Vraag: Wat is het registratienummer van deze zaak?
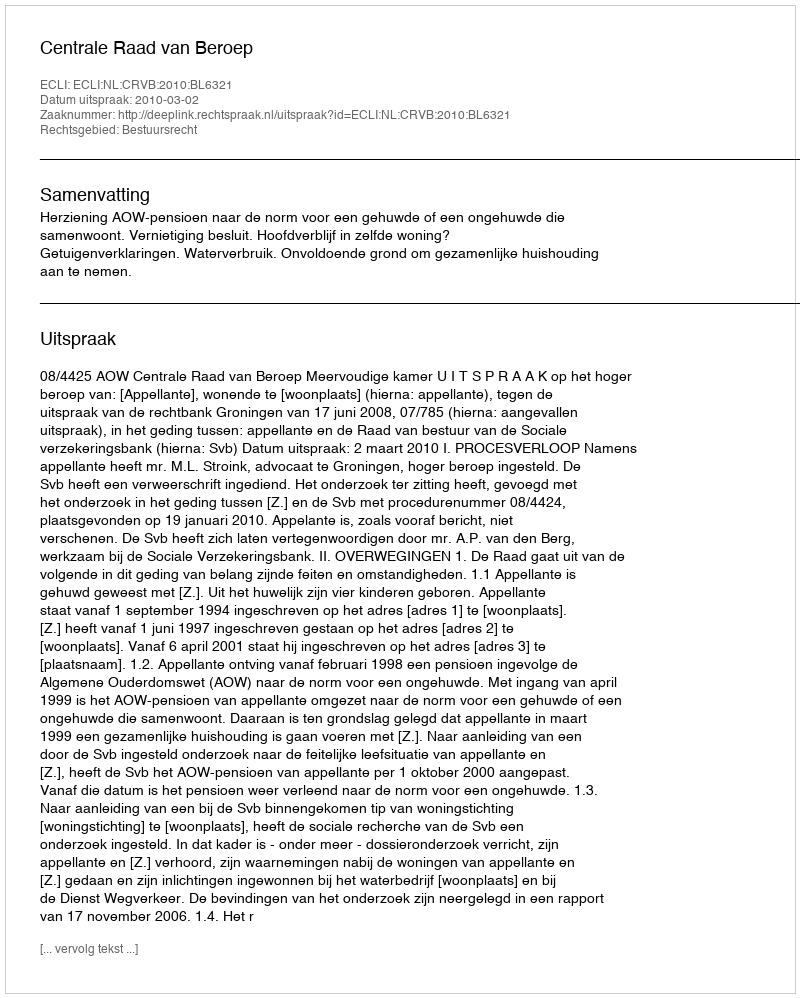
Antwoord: http://deeplink.rechtspraak.nl/uitspraak?id=ECLI:NL:CRVB:2010:BL6321